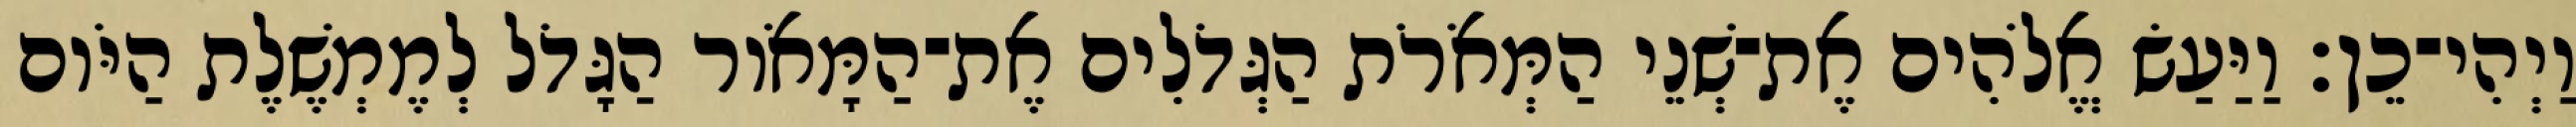
וַיְהִי־כֵן׃ וַיַּעַשׂ אֱלֹהִים אֶת־שְׁנֵי הַמְּאֹרֹת הַגְּדֹלִים אֶת־הַמָּאֹור הַגָּדֹל לְמֶמְשֶׁלֶת הַיֹּום